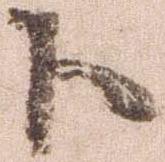
下